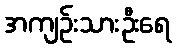
အကျဉ်းသားဦးရေ